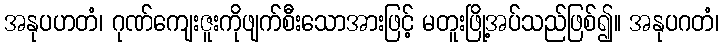
အနုပဟတံ၊ ဂုဏ်ကျေးဇူးကိုဖျက်စီးသောအားဖြင့် မတူးဖြို့အပ်သည်ဖြစ်၍။ အနုပဂတံ၊